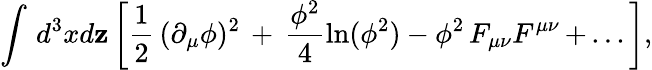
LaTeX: \int\, d^{3}xd\mathbf{z}\left[{\frac{{1}}{{2}}}\, (\partial_{\mu}\phi)^{2}\, +\, {\frac{{\phi^{2}}}{{4}}}\mathrm{{ln}}(\phi^{2})-\phi^{2}\, F_{\mu\nu}F^{\mu\nu}\, +\, ...\right],